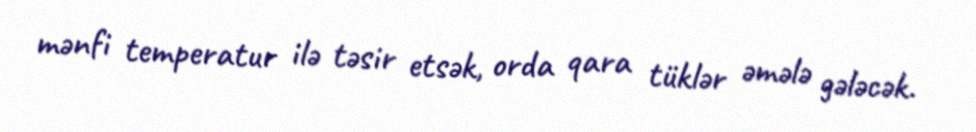
mənfi temperatur ilə təsir etsək, orda qara tüklər əmələ gələcək.